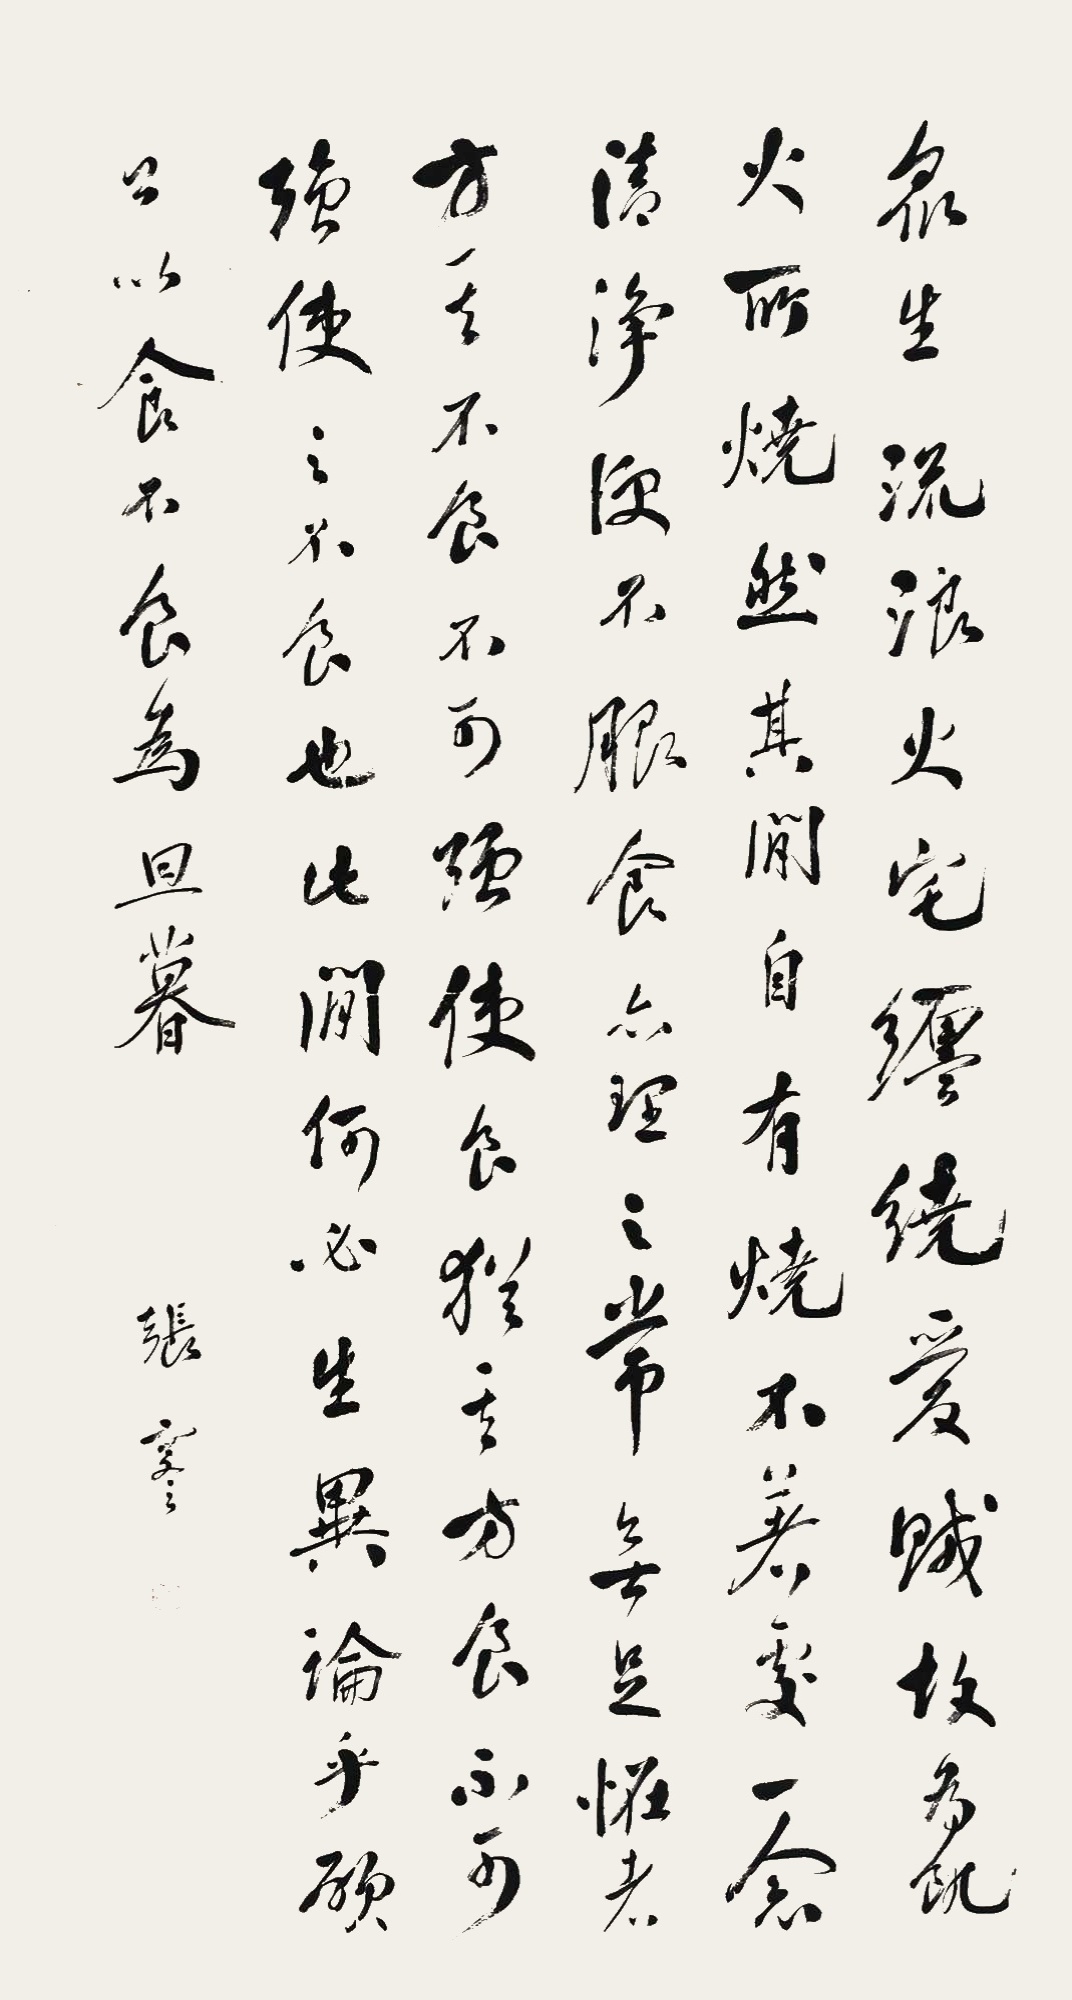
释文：众生流浪火宅缠绕爱贼，故为饥火所烧。然其间自有烧不着处，一念清净，便不服食，亦理之常，无足怪者。方其不食，不可强使食，犹其方食，不可强使之不食也。此间何必生异论乎。愿公以食不食为旦暮。张謇。